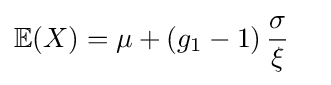
\operatorname {\mathbb {E} } (X)=\mu +(g_{1}-1)\,{\frac {\sigma }{\xi }}\quad